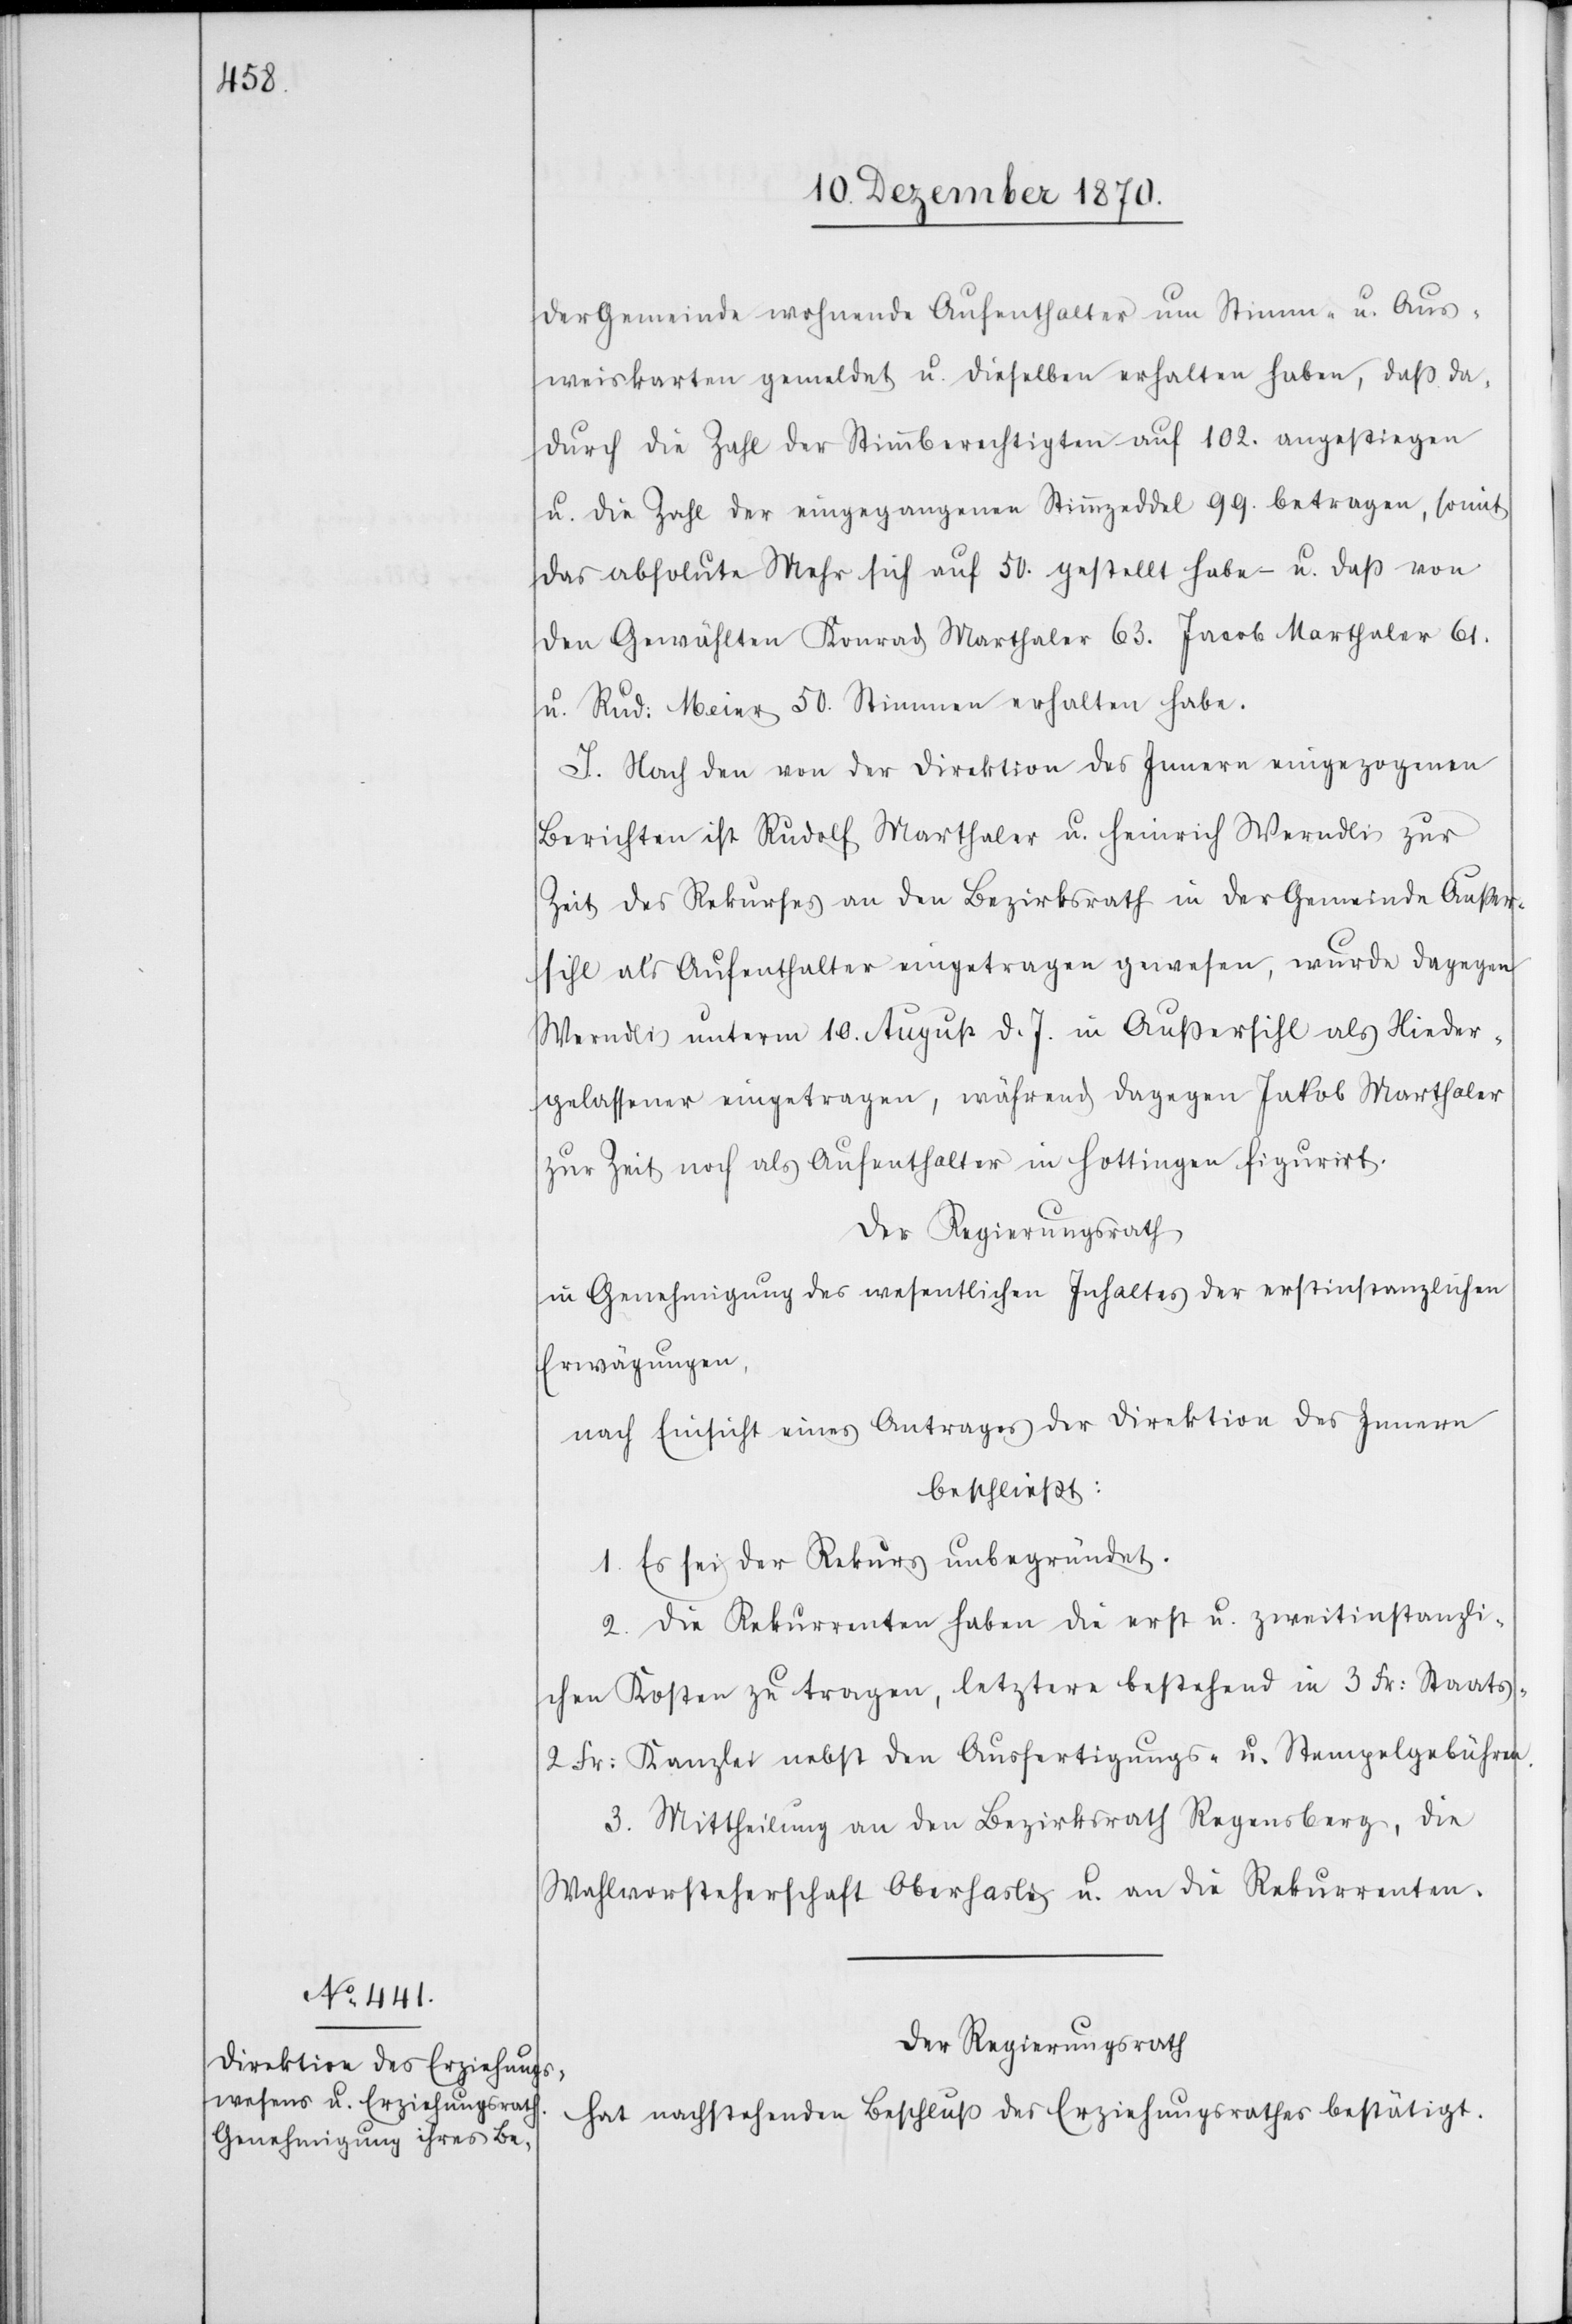
der Gemeinde wohnende Aufenthalter um Stimm- u. Aus¬
weiskarten gemeldet u. dieselben erhalten haben, das da¬
durch die Zahl der Stimmberechtigten auf 102. angestiegen
u. die Zahl der eingegangenen Stimmzeddel 99. betragen, somit
das absolute Mehr sich auf 50. gestellt habe u. daß von
den Gewählten Konrad Marthaler 63. Jacob Marthaler 61.
u. Rud: Meier 50. Stimmen erhalten habe.
I. Nach den von der Direktion des Innern eingezogenen
Berichten ist Rudolf Marthaler u. Heinrich Werndli zur
Zeit des Rekurses an den Bezirksrath in der Gemeinde Außer¬
sihl als Aufenthalter eingetragen gewesen, wurde dagegen
Werndli unterm 10. August d. J. in Außersihl als Nieder¬
gelassener eingetragen, während dagegen Jakob Marthaler
zur Zeit noch als Aufenthalter in Hottingen figurirt.
Der Regierungsrath,
in Genehmigung des wesentlichen Inhaltes der erstinstanzlichen
Erwägungen,
nach Einsicht eines Antrages der Direktion des Innern
beschließt:
1. Es sei der Rekurs unbegründet.
2. Die Rekurrenten haben die erst u. zweitinstanzli¬
chen Kosten zu tragen, letztere bestehend in 3 Fr: Staats-[,]
2 Fr: Kanzlei[-] nebst den Ausfertigungs- u. Stempelgebühren.
3. Mittheilung an den Bezirksrath Regensberg, die
Wahlvorsteherschaft Oberhasli u. an die Rekurrenten.
Der Regierungsrath
hat nachstehenden Beschluß des Erziehungsrathes bestätigt.